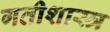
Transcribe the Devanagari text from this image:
गतीशास्त्र